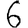
Digit: 6